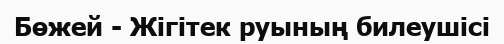
Бөжей - Жігітек руының билеушісі